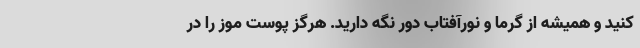
کنید و همیشه از گرما و نورآفتاب دور نگه دارید. هرگز پوست موز را در